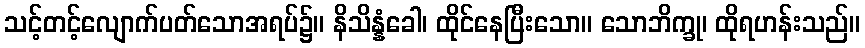
သင့်တင့်လျောက်ပတ်သောအရပ်၌။ နိသိန္နံခေါ၊ ထိုင်နေပြီးသော။ သောဘိက္ခု၊ ထိုရဟန်းသည်။